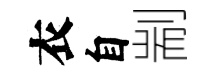
衣自剬